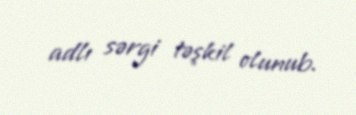
adlı sərgi təşkil olunub.